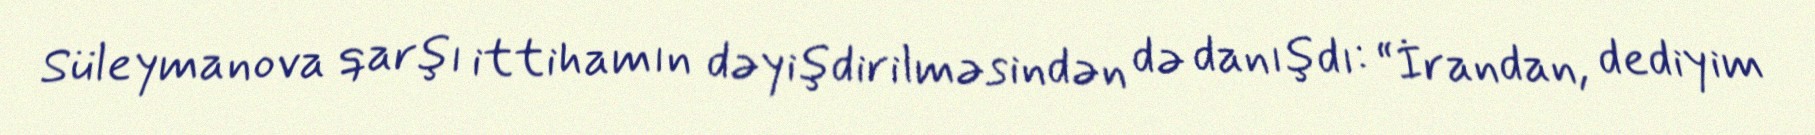
Süleymanova qarşı ittihamın dəyişdirilməsindən də danışdı: “İrandan, dediyim